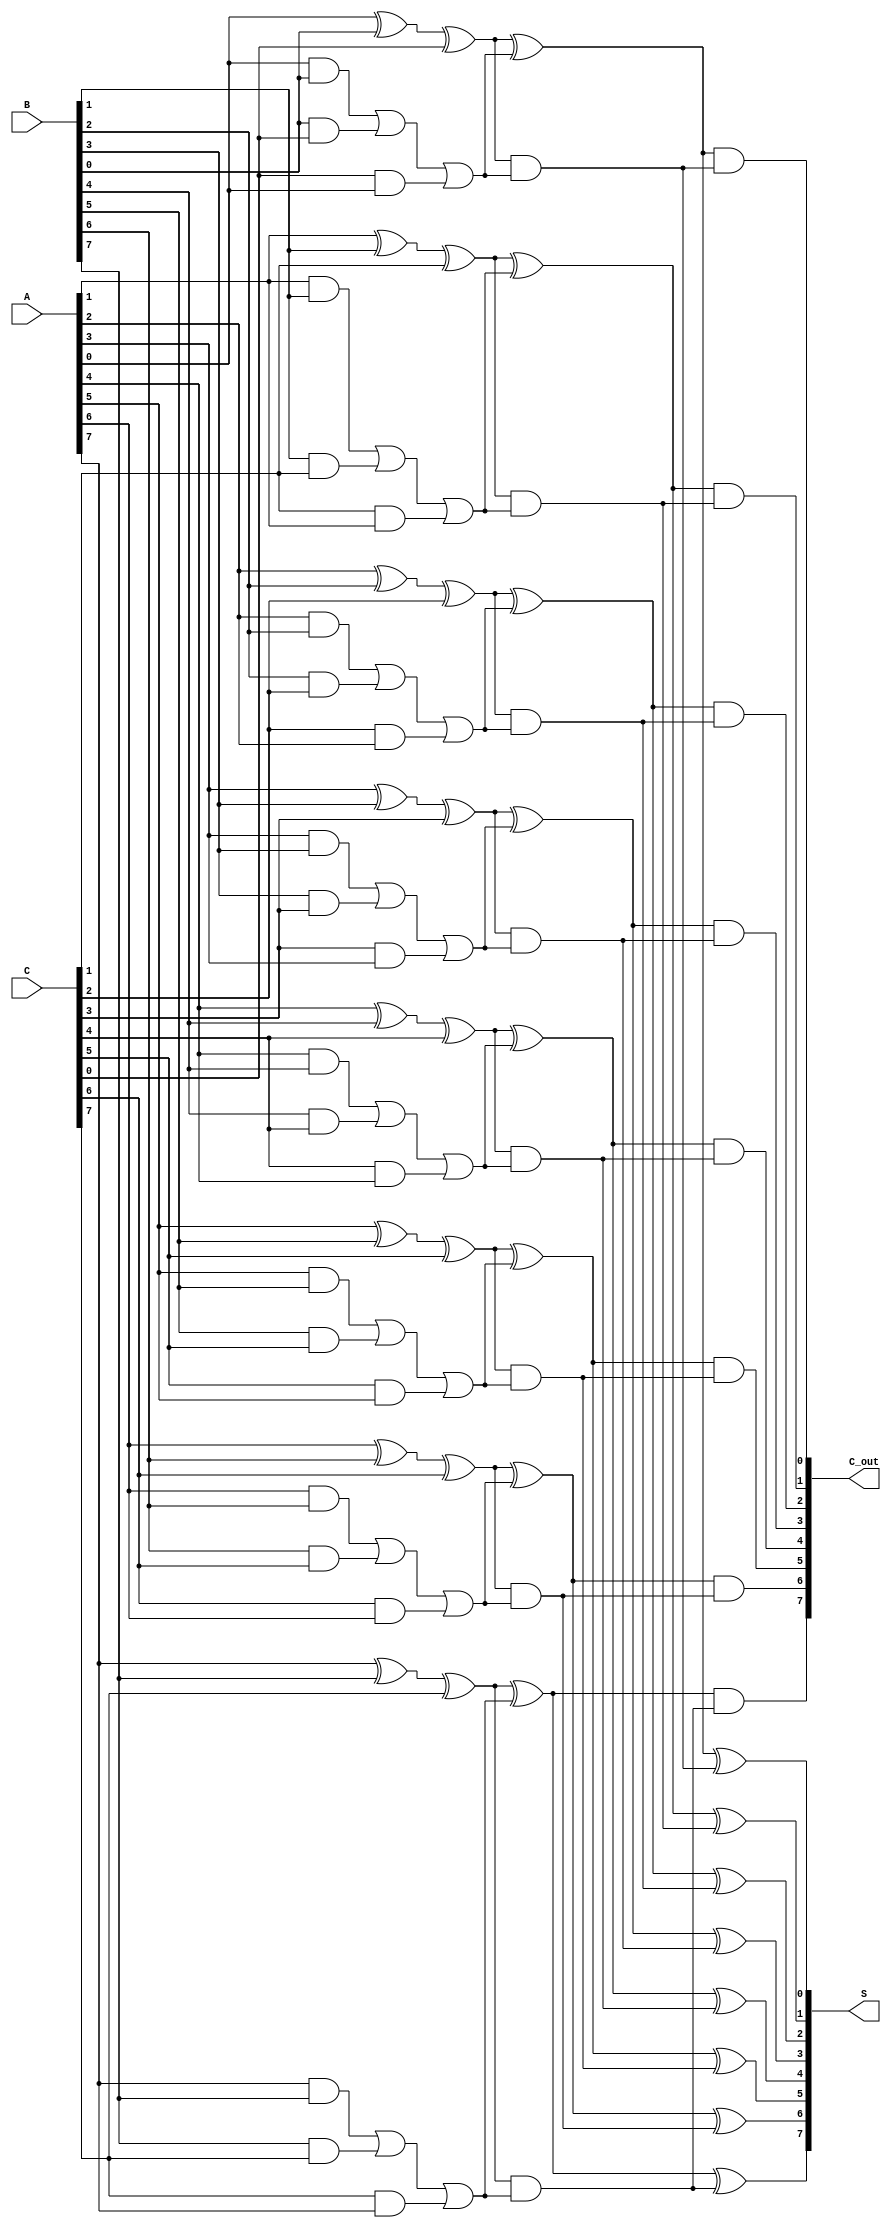
module carry_save_adder #(
    parameter N = 8 // Width of the operands
)(
    input  [N-1:0] A, // First operand
    input  [N-1:0] B, // Second operand
    input  [N-1:0] C, // Third operand
    output [N-1:0] S, // Partial sum output
    output [N-1:0] C_out // Carry output
);

    // Intermediate wires for partial sums and carries
    wire [N-1:0] S1, S2, S3; // Partial sums
    wire [N-1:0] C1, C2, C3; // Carries

    // Full adder logic for the first stage
    genvar i;
    generate
        for (i = 0; i < N; i = i + 1) begin : full_adder_stage
            // Full adder for inputs A, B, C
            assign S1[i] = A[i] ^ B[i] ^ C[i]; // Partial sum
            assign C1[i] = (A[i] & B[i]) | (B[i] & C[i]) | (C[i] & A[i]); // Carry
        end
    endgenerate

    // Second stage reduction tree (for simplicity, we will just combine the first stage results)
    generate
        for (i = 0; i < N; i = i + 1) begin : reduction_tree
            // Here we can combine the carries and partial sums
            // For simplicity, we will just combine S1 and C1
            assign S2[i] = S1[i] ^ C1[i]; // New partial sum
            assign C2[i] = S1[i] & C1[i]; // New carry
        end
    endgenerate

    // Final stage to produce the output S and C_out
    generate
        for (i = 0; i < N; i = i + 1) begin : final_stage
            assign S[i] = S2[i] ^ C2[i]; // Final sum output
            assign C_out[i] = S2[i] & C2[i]; // Final carry output
        end
    endgenerate

endmodule